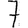
Digit: 7